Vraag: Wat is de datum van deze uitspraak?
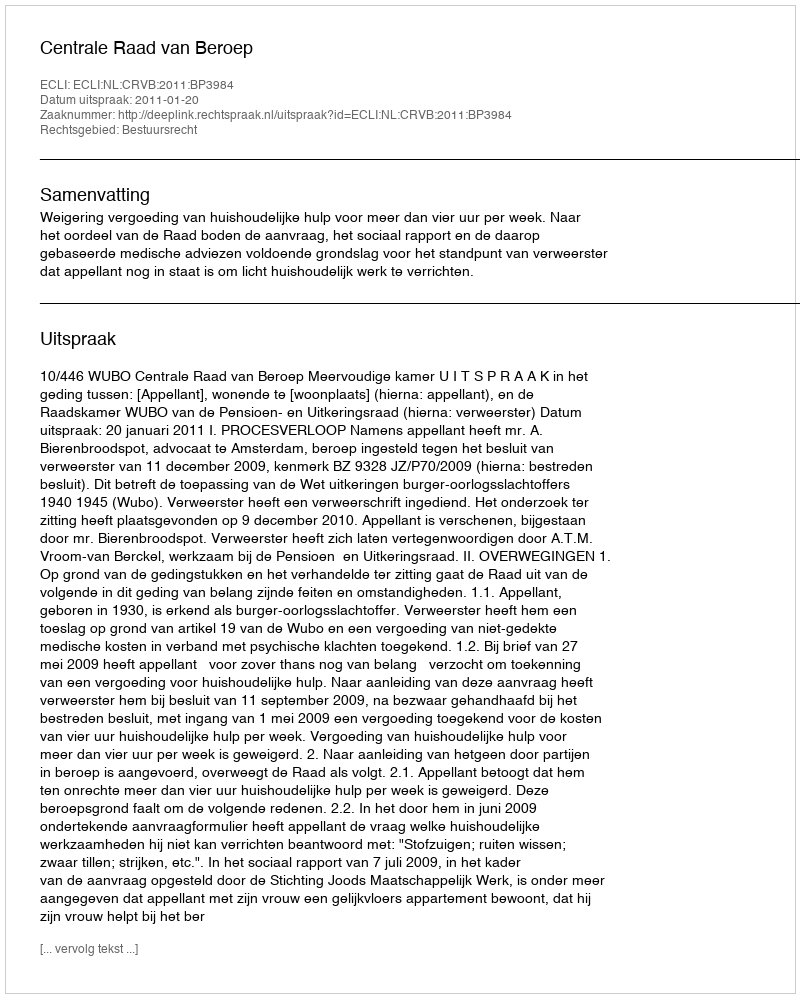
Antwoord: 2011-01-20